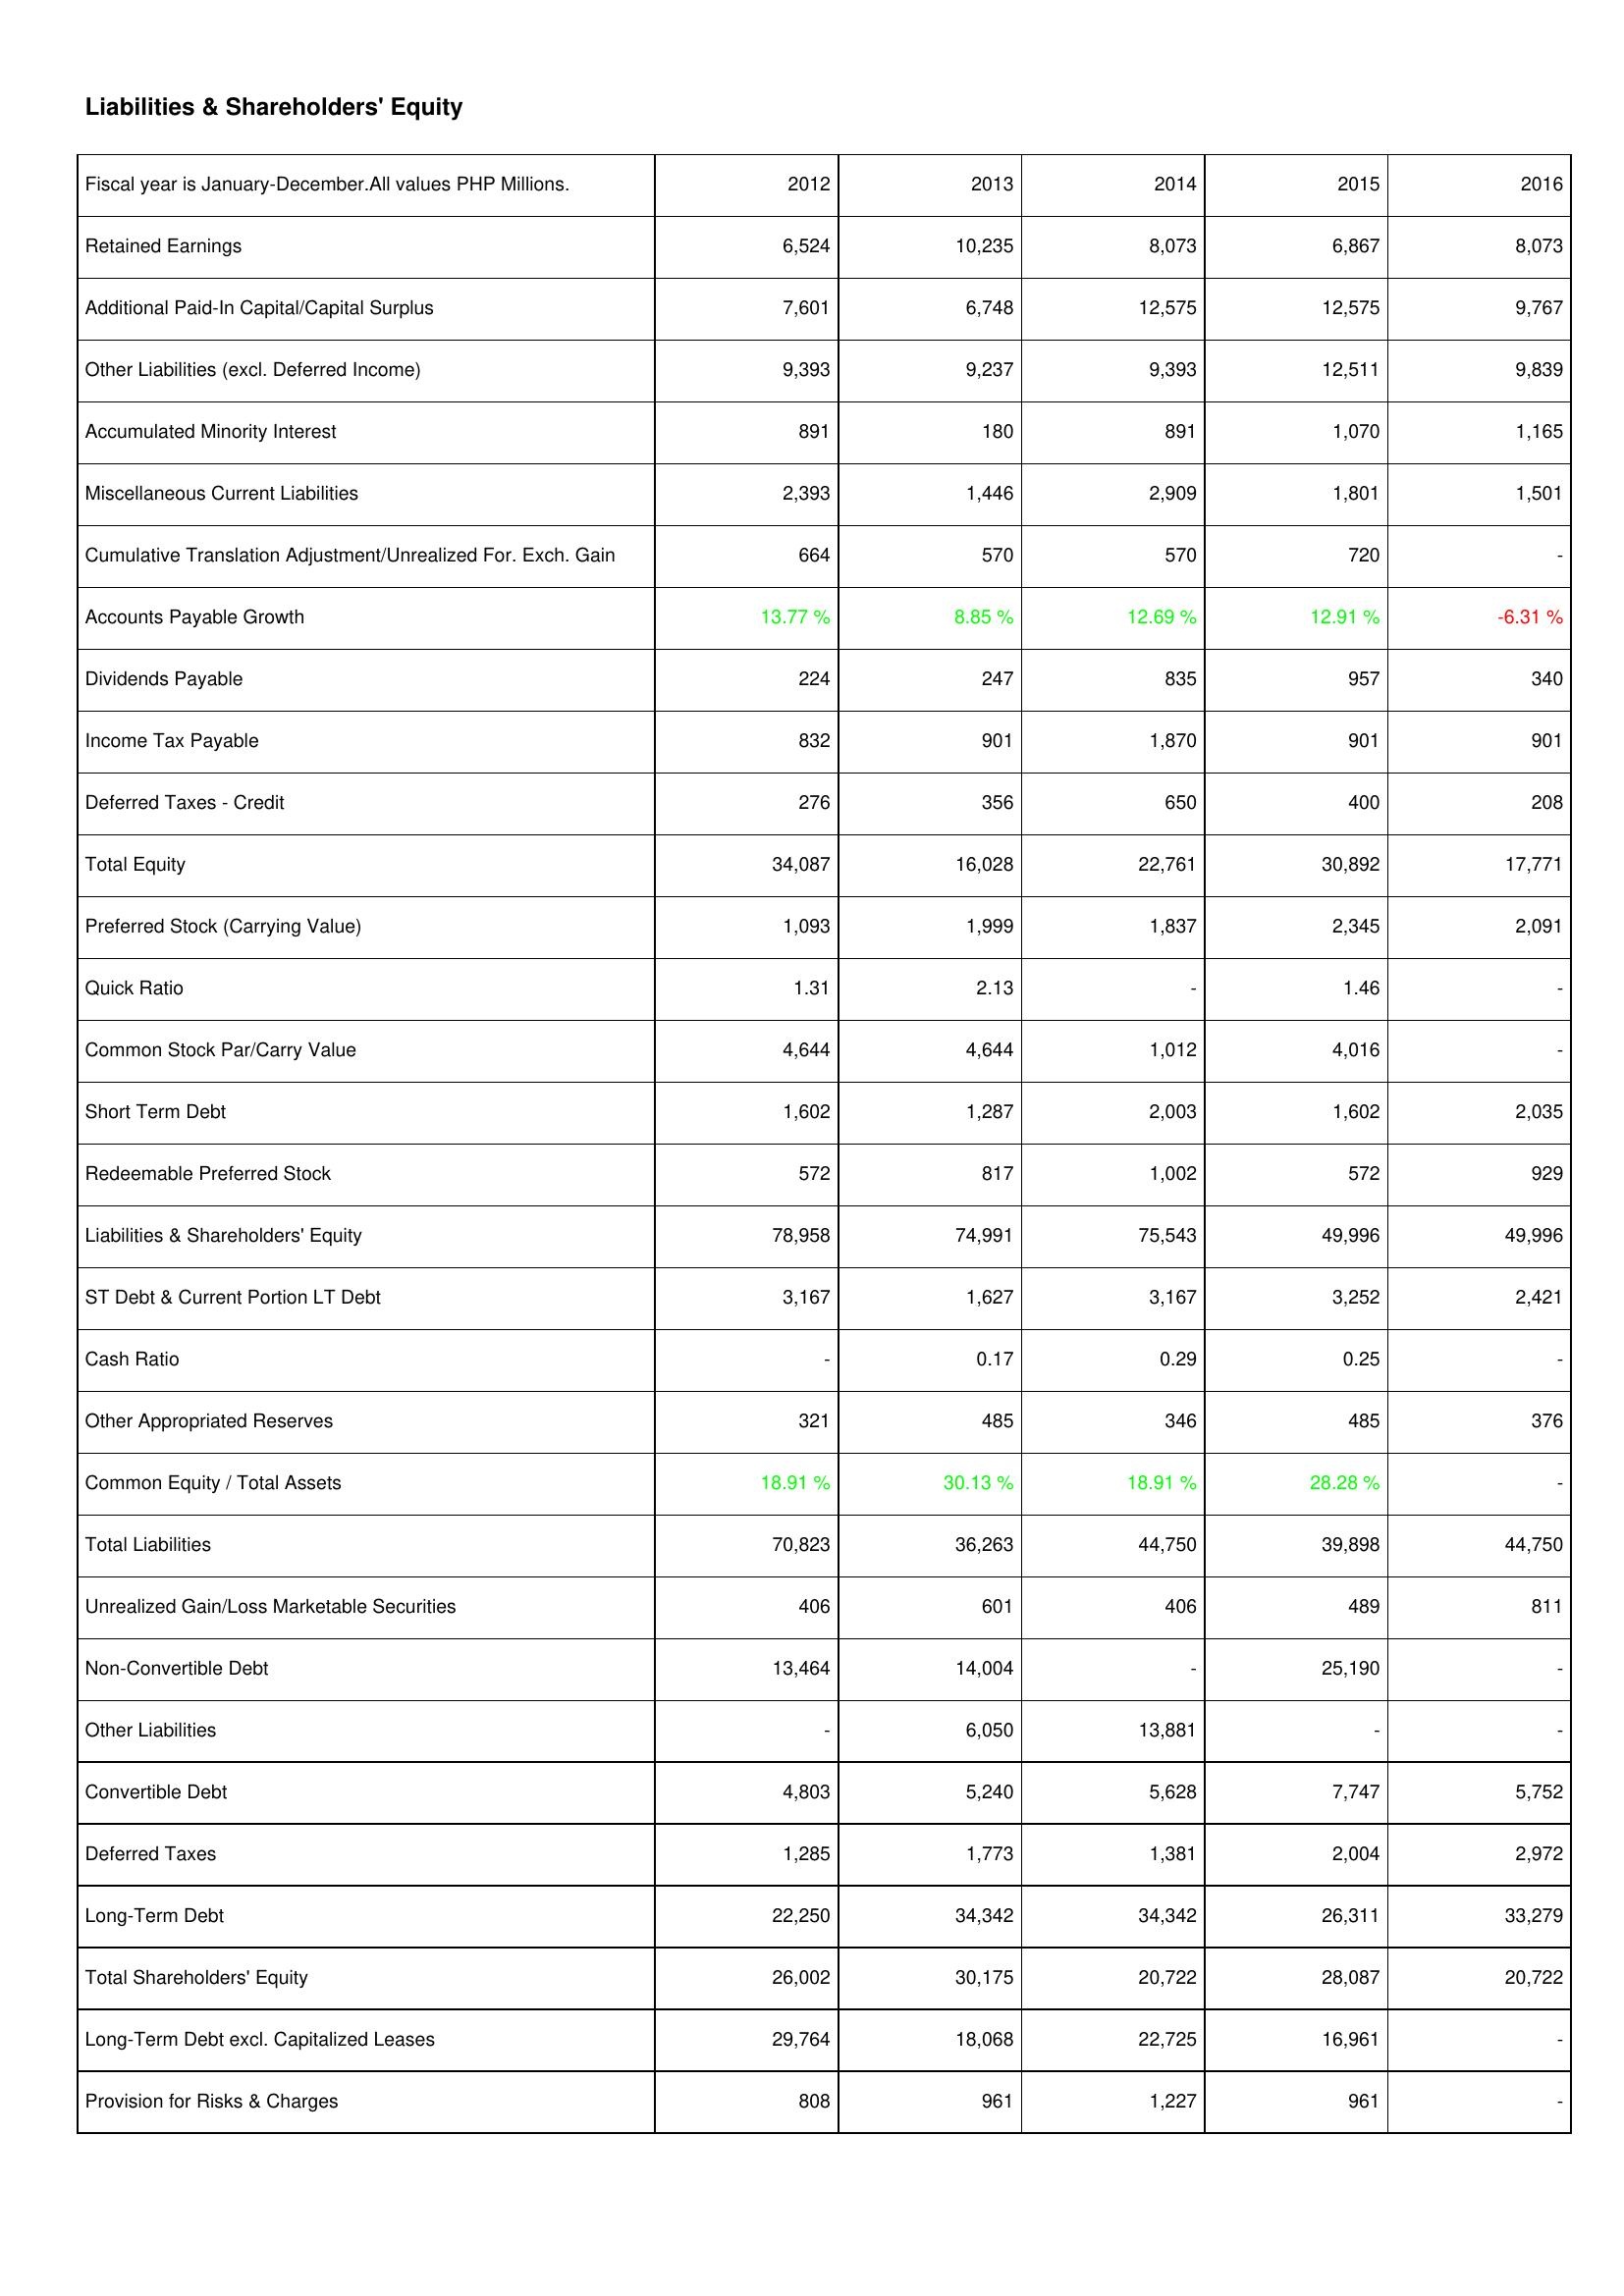
2012: Liabilities & Shareholders' Equity: Retained Earnings: 6,524
Additional Paid-In Capital/Capital Surplus: 7,601
Other Liabilities (excl. Deferred Income): 9,393
Accumulated Minority Interest: 891
Miscellaneous Current Liabilities: 2,393
Cumulative Translation Adjustment/Unrealized For. Exch. Gain: 664
Accounts Payable Growth: 13.77 %
Dividends Payable: 224
Income Tax Payable: 832
Deferred Taxes - Credit: 276
Total Equity: 34,087
Preferred Stock (Carrying Value): 1,093
Quick Ratio: 1.31
Common Stock Par/Carry Value: 4,644
Short Term Debt: 1,602
Redeemable Preferred Stock: 572
Liabilities & Shareholders' Equity: 78,958
ST Debt & Current Portion LT Debt: 3,167
Cash Ratio: -
Other Appropriated Reserves: 321
Common Equity / Total Assets: 18.91 %
Total Liabilities: 70,823
Unrealized Gain/Loss Marketable Securities: 406
Non-Convertible Debt: 13,464
Other Liabilities: -
Convertible Debt: 4,803
Deferred Taxes: 1,285
Long-Term Debt: 22,250
Total Shareholders' Equity: 26,002
Long-Term Debt excl. Capitalized Leases: 29,764
Provision for Risks & Charges: 808
2013: Liabilities & Shareholders' Equity: Retained Earnings: 10,235
Additional Paid-In Capital/Capital Surplus: 6,748
Other Liabilities (excl. Deferred Income): 9,237
Accumulated Minority Interest: 180
Miscellaneous Current Liabilities: 1,446
Cumulative Translation Adjustment/Unrealized For. Exch. Gain: 570
Accounts Payable Growth: 8.85 %
Dividends Payable: 247
Income Tax Payable: 901
Deferred Taxes - Credit: 356
Total Equity: 16,028
Preferred Stock (Carrying Value): 1,999
Quick Ratio: 2.13
Common Stock Par/Carry Value: 4,644
Short Term Debt: 1,287
Redeemable Preferred Stock: 817
Liabilities & Shareholders' Equity: 74,991
ST Debt & Current Portion LT Debt: 1,627
Cash Ratio: 0.17
Other Appropriated Reserves: 485
Common Equity / Total Assets: 30.13 %
Total Liabilities: 36,263
Unrealized Gain/Loss Marketable Securities: 601
Non-Convertible Debt: 14,004
Other Liabilities: 6,050
Convertible Debt: 5,240
Deferred Taxes: 1,773
Long-Term Debt: 34,342
Total Shareholders' Equity: 30,175
Long-Term Debt excl. Capitalized Leases: 18,068
Provision for Risks & Charges: 961
2014: Liabilities & Shareholders' Equity: Retained Earnings: 8,073
Additional Paid-In Capital/Capital Surplus: 12,575
Other Liabilities (excl. Deferred Income): 9,393
Accumulated Minority Interest: 891
Miscellaneous Current Liabilities: 2,909
Cumulative Translation Adjustment/Unrealized For. Exch. Gain: 570
Accounts Payable Growth: 12.69 %
Dividends Payable: 835
Income Tax Payable: 1,870
Deferred Taxes - Credit: 650
Total Equity: 22,761
Preferred Stock (Carrying Value): 1,837
Quick Ratio: -
Common Stock Par/Carry Value: 1,012
Short Term Debt: 2,003
Redeemable Preferred Stock: 1,002
Liabilities & Shareholders' Equity: 75,543
ST Debt & Current Portion LT Debt: 3,167
Cash Ratio: 0.29
Other Appropriated Reserves: 346
Common Equity / Total Assets: 18.91 %
Total Liabilities: 44,750
Unrealized Gain/Loss Marketable Securities: 406
Non-Convertible Debt: -
Other Liabilities: 13,881
Convertible Debt: 5,628
Deferred Taxes: 1,381
Long-Term Debt: 34,342
Total Shareholders' Equity: 20,722
Long-Term Debt excl. Capitalized Leases: 22,725
Provision for Risks & Charges: 1,227
2015: Liabilities & Shareholders' Equity: Retained Earnings: 6,867
Additional Paid-In Capital/Capital Surplus: 12,575
Other Liabilities (excl. Deferred Income): 12,511
Accumulated Minority Interest: 1,070
Miscellaneous Current Liabilities: 1,801
Cumulative Translation Adjustment/Unrealized For. Exch. Gain: 720
Accounts Payable Growth: 12.91 %
Dividends Payable: 957
Income Tax Payable: 901
Deferred Taxes - Credit: 400
Total Equity: 30,892
Preferred Stock (Carrying Value): 2,345
Quick Ratio: 1.46
Common Stock Par/Carry Value: 4,016
Short Term Debt: 1,602
Redeemable Preferred Stock: 572
Liabilities & Shareholders' Equity: 49,996
ST Debt & Current Portion LT Debt: 3,252
Cash Ratio: 0.25
Other Appropriated Reserves: 485
Common Equity / Total Assets: 28.28 %
Total Liabilities: 39,898
Unrealized Gain/Loss Marketable Securities: 489
Non-Convertible Debt: 25,190
Other Liabilities: -
Convertible Debt: 7,747
Deferred Taxes: 2,004
Long-Term Debt: 26,311
Total Shareholders' Equity: 28,087
Long-Term Debt excl. Capitalized Leases: 16,961
Provision for Risks & Charges: 961
2016: Liabilities & Shareholders' Equity: Retained Earnings: 8,073
Additional Paid-In Capital/Capital Surplus: 9,767
Other Liabilities (excl. Deferred Income): 9,839
Accumulated Minority Interest: 1,165
Miscellaneous Current Liabilities: 1,501
Cumulative Translation Adjustment/Unrealized For. Exch. Gain: -
Accounts Payable Growth: -6.31 %
Dividends Payable: 340
Income Tax Payable: 901
Deferred Taxes - Credit: 208
Total Equity: 17,771
Preferred Stock (Carrying Value): 2,091
Quick Ratio: -
Common Stock Par/Carry Value: -
Short Term Debt: 2,035
Redeemable Preferred Stock: 929
Liabilities & Shareholders' Equity: 49,996
ST Debt & Current Portion LT Debt: 2,421
Cash Ratio: -
Other Appropriated Reserves: 376
Common Equity / Total Assets: -
Total Liabilities: 44,750
Unrealized Gain/Loss Marketable Securities: 811
Non-Convertible Debt: -
Other Liabilities: -
Convertible Debt: 5,752
Deferred Taxes: 2,972
Long-Term Debt: 33,279
Total Shareholders' Equity: 20,722
Long-Term Debt excl. Capitalized Leases: -
Provision for Risks & Charges: -